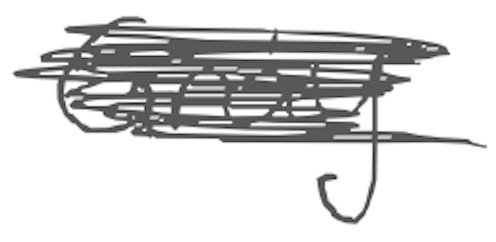
Text: Gray.
Cross-out: scratch
Writing tool: digital_gray